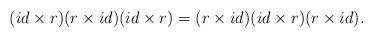
LaTeX: \begin{align*}(id\times r)(r\times id)(id\times r)=(r\times id)(id\times r)(r\times id).\end{align*}